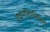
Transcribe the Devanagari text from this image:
एथनोलाजिकल